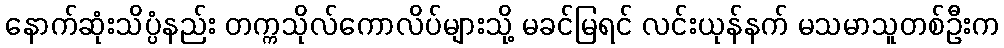
နောက်ဆုံးသိပ္ပံနည်း တက္ကသိုလ်ကောလိပ်များသို့ မခင်မြရင် လင်းယုန်နက် မသမာသူတစ်ဦးက